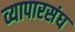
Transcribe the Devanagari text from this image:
व्यापारसंघ